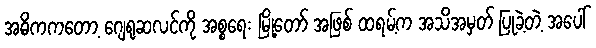
အဓိကကတော့ ဂျေရုဆလင်ကို အစ္စရေး မြို့တော် အဖြစ် ထရမ့်က အသိအမှတ် ပြုခဲ့တဲ့ အပေါ်